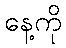
နေ့ကို